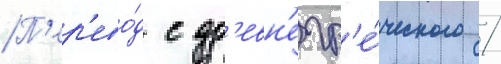
П'ер'ево́д с др'евн'егр'е́ческого /